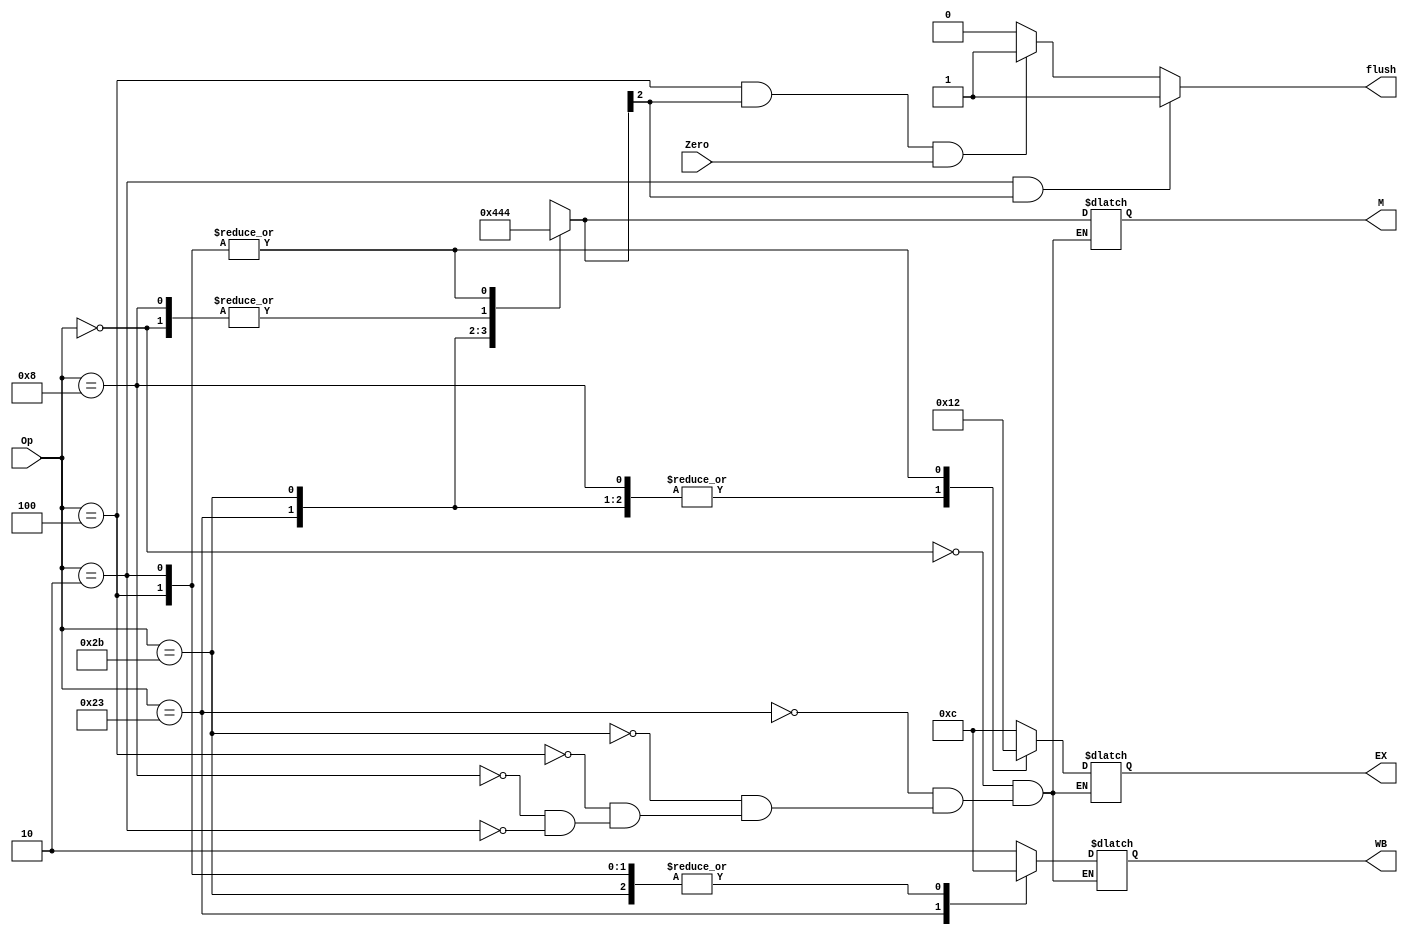

module Control(WB, M, EX, flush, Op, Zero);

// Can separate them into separate outputs, but the outputs are written this way
// In align with how the control data paths are shown in the pipelining slide with the control module

output [1:0] WB; // RegWrite bit and MemtoReg bit

output [2:0] M; // Branch bit, MemRead bit, and MemWrite bit

output [3:0] EX; // RegDst bit, ALUOp 2 bits and ALUSrc bit

output reg flush;


input [5:0] Op; // 6 MSBs are read to determine the operation and bits for the other stages

input Zero;

reg [1:0] wb;
reg [2:0] m;
reg [3:0] ex;

always @(*) begin
	case(Op)
	
		6'b000000: begin // R type instruction
			wb = 2'b10;
			m = 3'b000;
			ex = 4'b1100; // 1101
			end
			
		6'b100011: begin // lw type instruction
			wb = 2'b11;
			m = 3'b010;
			ex = 4'b0001; 
			end
			
		6'b101011: begin // sw type instruction
			wb = 2'b00;
			m = 3'b001;
			ex = 4'b0001; 
			end
	
		6'b000100: begin // beq type instruction
			wb = 2'b00;
			m = 3'b100;
			ex = 4'b0010; 
			end

		6'b001000: begin // I type instruction
			wb = 2'b10;
			m = 3'b000;
			ex = 4'b0001;
			end

		6'b000010: begin // j instruction
			wb = 2'b00;
			m = 3'b100;
			ex = 4'b0010;
			end
	endcase 



	if(Op == 2 && m[2] == 1)begin
		 flush = 1;
	end
	else if(Op == 4 && m[2] == 1 && Zero == 1) begin
		 flush = 1;
	end
	else begin 
		 flush = 0;
	end 

end 

	assign WB=wb;
	assign M=m;
	assign EX=ex;



endmodule